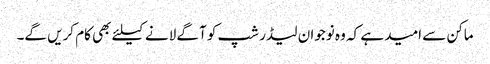
ماکن سے امید ہے کہ وہ نوجوان لیڈر شپ کو آگے لانے کیلئے بھی کام کریں گے۔